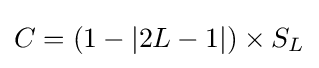
C=(1-\left\vert 2L-1\right\vert )\times S_{L}